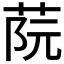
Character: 𦰟